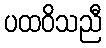
ပထဝိသညီ